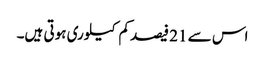
اس سے 21 فیصد کم کیلوری ہوتی ہیں۔